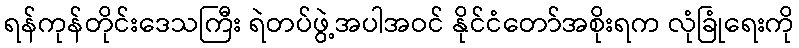
ရန်ကုန်တိုင်းဒေသကြီး ရဲတပ်ဖွဲ့အပါအဝင် နိုင်ငံတော်အစိုးရက လုံခြုံရေးကို